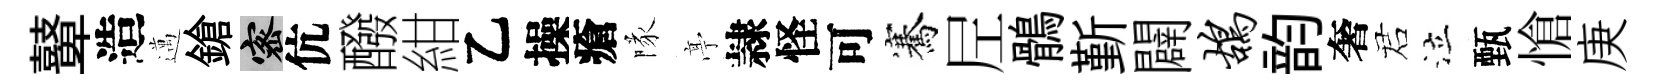
鼙造邁鎗密伉醱紺乙操瘡隊𠅘隷怪可騫𡰱鶻斳闢鸪韵奢诺泣甄愴庚